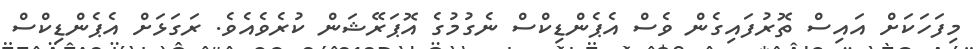
މިފަހަކަށް އައިސް ތޮރުފައިގެން ވެސް އެޕެންޑިކްސް ނެގުމުގެ އޮޕަރޭޝަން ކުރެވެއެވެ. ރަގަޅަށް އެޕެންޑިކްސް